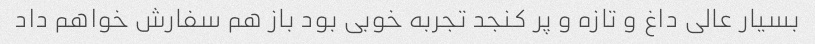
بسیار عالی داغ و تازه و پر کنجد تجربه خوبی بود باز هم سفارش خواهم داد